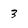
Character: 3